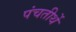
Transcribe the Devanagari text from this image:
पंचतीर्थे